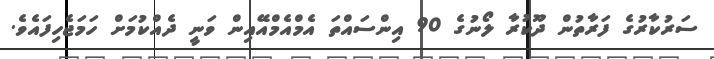
ސަރުކާރުގެ ފަރާތުން ދޫކުރާ ލޯނުގެ 90 އިންސައްތަ އެމްއެމްއޭއިން ވަނީ ދެއްކުމަށް ހަމަޖެހިފައެވެ.